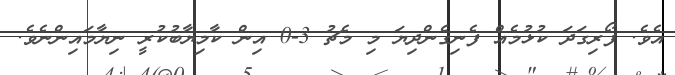
އެވެ. ފޯރިގަދަ ކުޅުމެއް ފެނިގެންދިޔަ މި މެޗު 3-0 އިން ކާމިޔާބުކުރީ ނިޔާމައިންނެވެ.